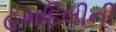
હમદિલીની